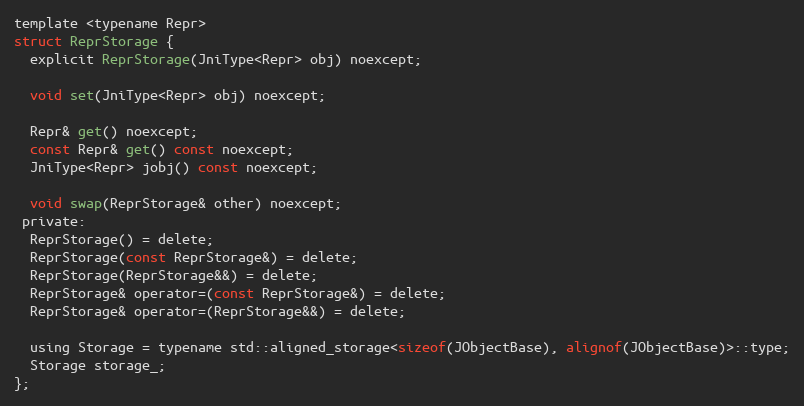
Language: C
template <typename Repr>
struct ReprStorage {
  explicit ReprStorage(JniType<Repr> obj) noexcept;

  void set(JniType<Repr> obj) noexcept;

  Repr& get() noexcept;
  const Repr& get() const noexcept;
  JniType<Repr> jobj() const noexcept;

  void swap(ReprStorage& other) noexcept;
 private:
  ReprStorage() = delete;
  ReprStorage(const ReprStorage&) = delete;
  ReprStorage(ReprStorage&&) = delete;
  ReprStorage& operator=(const ReprStorage&) = delete;
  ReprStorage& operator=(ReprStorage&&) = delete;

  using Storage = typename std::aligned_storage<sizeof(JObjectBase), alignof(JObjectBase)>::type;
  Storage storage_;
};